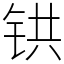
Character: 𫟹